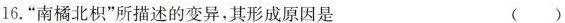
16.”南橘北枳”所描述的变异，其形成原因是 ()